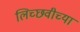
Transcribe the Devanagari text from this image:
लिच्छवीच्या